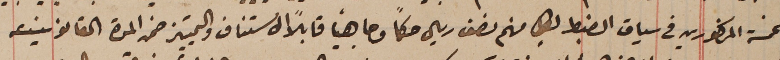
الخمسة المذكورين في سياق الضبط لكلٍ منهم نصف ريال حكماً وجاهياً قابلاً  الاستناف والتمييز ضمن المدة القانونية